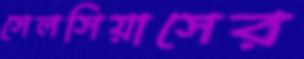
সেলসিয়াসের